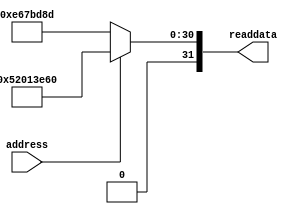
//Legal Notice: (C)2013 Altera Corporation. All rights reserved.  Your
//use of Altera Corporation's design tools, logic functions and other
//software and tools, and its AMPP partner logic functions, and any
//output files any of the foregoing (including device programming or
//simulation files), and any associated documentation or information are
//expressly subject to the terms and conditions of the Altera Program
//License Subscription Agreement or other applicable license agreement,
//including, without limitation, that your use is for the sole purpose
//of programming logic devices manufactured by Altera and sold by Altera
//or its authorized distributors.  Please refer to the applicable
//agreement for further details.

// synthesis translate_off
`timescale 1ns / 1ps
// synthesis translate_on

// turn off superfluous verilog processor warnings 
// altera message_level Level1 
// altera message_off 10034 10035 10036 10037 10230 10240 10030 

module sysid_0 (
                 // inputs:
                  address,

                 // outputs:
                  readdata
               )
;

  output  [ 31: 0] readdata;
  input            address;

  wire    [ 31: 0] readdata;
  //control_slave, which is an e_avalon_slave
  assign readdata = address ? 1375813216 : 241679757;

endmodule